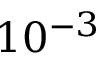
1 0 ^ { - 3 }